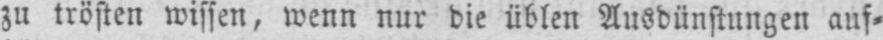
zu trösten wissen, wenn nur die üblen Ausdünstungen auf⸗